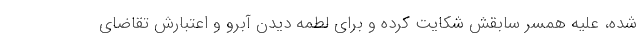
شده، علیه همسر سابقش شکایت کرده و برای لطمه دیدن آبرو و اعتبارش تقاضای